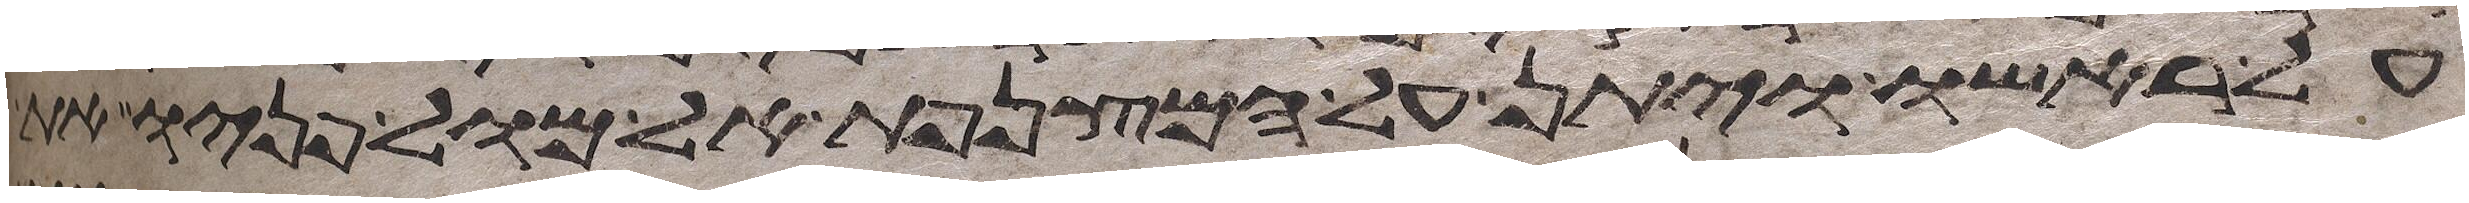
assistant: על ראשו ויתן על המצנפת אל מול פניו את